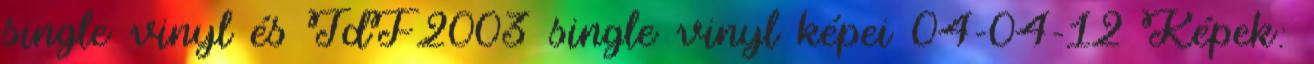
single vinyl és TdF2003 single vinyl képei 04-04-12 Képek: